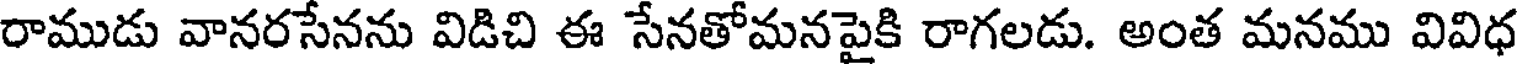
రాముడు వానరసేనను విడిచి ఈ సేనతోమనపైకి రాగలడు. అంత మనము వివిధ